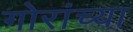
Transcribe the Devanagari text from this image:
गोरांच्या